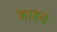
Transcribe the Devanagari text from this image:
जाहव